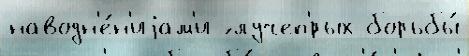
наводн'е́н'иjам'и ́ лучеп'́рых борьбы́